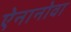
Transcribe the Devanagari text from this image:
ऐनानोवा